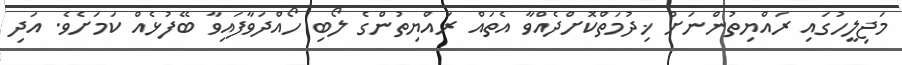
މަޖިލީހުގައި ރައްޔިތުންނަށް ޚިދުމަތްކޮށްދެއްވާ އެތައް ރައްޔިތުންގެ ލޯބި ހޯއްދަވާފައިވާ ބޭފުޅެއް ކަމަށެވެ. އަދި